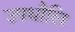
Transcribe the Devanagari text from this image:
उपधौलि